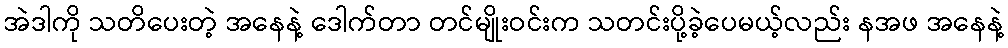
အဲဒါကို သတိပေးတဲ့ အနေနဲ့ ဒေါက်တာ တင်မျိုးဝင်းက သတင်းပို့ခဲ့ပေမယ့်လည်း နအဖ အနေနဲ့